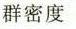
群密度